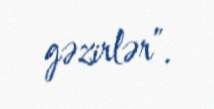
gəzirlər”.